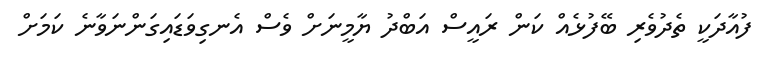
ފުއާދަކީ ތެދުވެރި ބޭފުޅެއް ކަން ރައީސް އަބްދު ޔާމީނަށް ވެސް އެނގިވަޑައިގަންނަވާނެ ކަމަށް